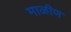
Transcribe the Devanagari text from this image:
माळीण